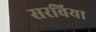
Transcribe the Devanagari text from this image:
सरविया